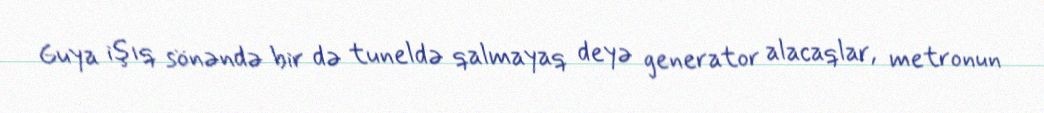
Guya işıq sönəndə bir də tuneldə qalmayaq deyə generator alacaqlar, metronun